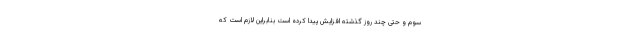
سوم و حتی چند روز گذشته افزایش پیدا کرده است بنابراین لازم است که